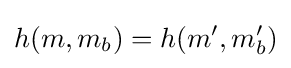
h(m,m_{b})=h(m',m'_{b})